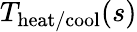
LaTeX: T_{\mathrm{heat/cool}}(s)